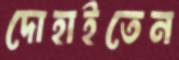
দোহাইতেন